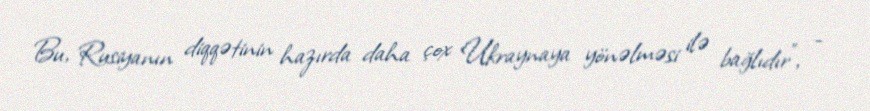
Bu, Rusiyanın diqqətinin hazırda daha çox Ukraynaya yönəlməsi ilə bağlıdır”, -